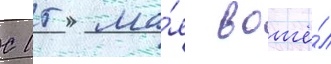
С 15 ма́я вошё́л